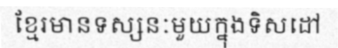
ខ្មែរមានទស្សនៈមួយក្នុងទិសដៅ